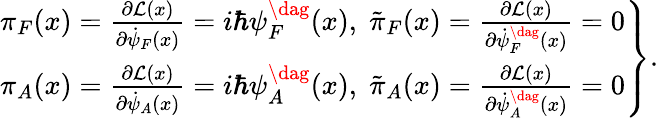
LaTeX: \left.\begin{array}{l}{{\pi_{F}(x)=\frac{\partial{\cal L}(x)}{\partial\dot{\psi}_{F}(x)}=i\hbar\psi_{F}^{\dag}(x),\; \tilde{\pi}_{F}(x)=\frac{\partial{\cal L}(x)}{\partial\dot{\psi}_{F}^{\dag}(x)}=0}}\\ {{\pi_{A}(x)=\frac{\partial{\cal L}(x)}{\partial\dot{\psi}_{A}(x)}=i\hbar\psi_{A}^{\dag}(x),\; \tilde{\pi}_{A}(x)=\frac{\partial{\cal L}(x)}{\partial\dot{\psi}_{A}^{\dag}(x)}=0}}\end{array}\right\} .